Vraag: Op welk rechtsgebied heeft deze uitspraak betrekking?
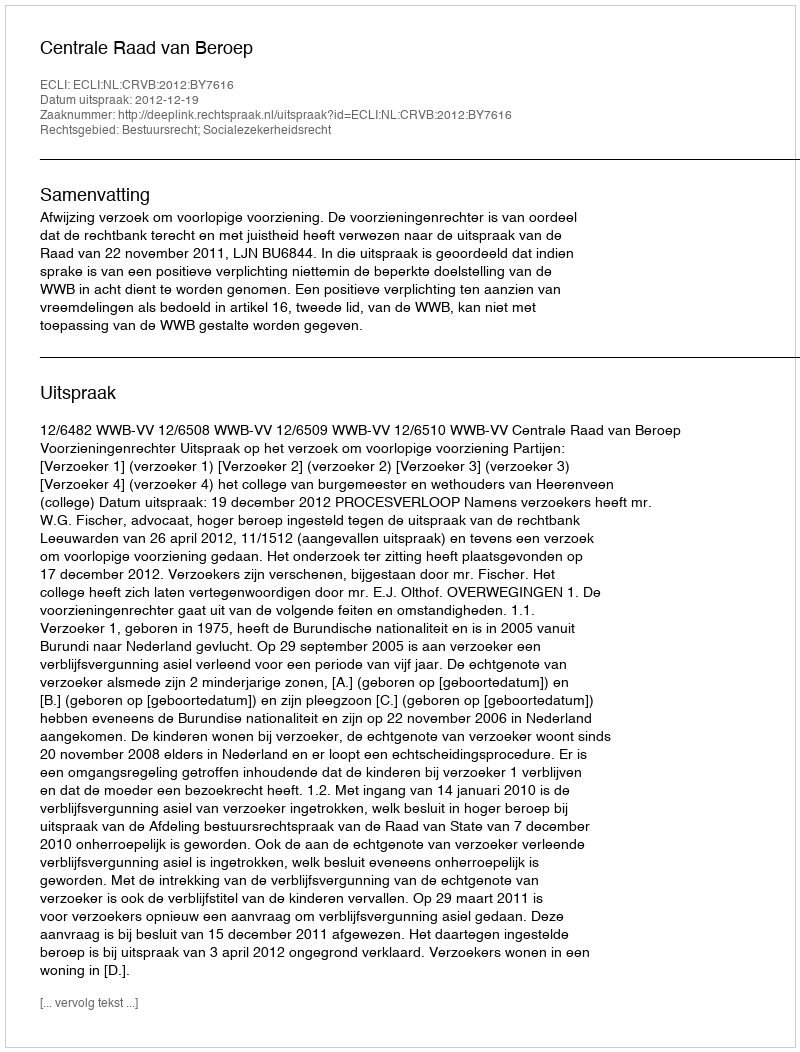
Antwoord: Bestuursrecht; Socialezekerheidsrecht